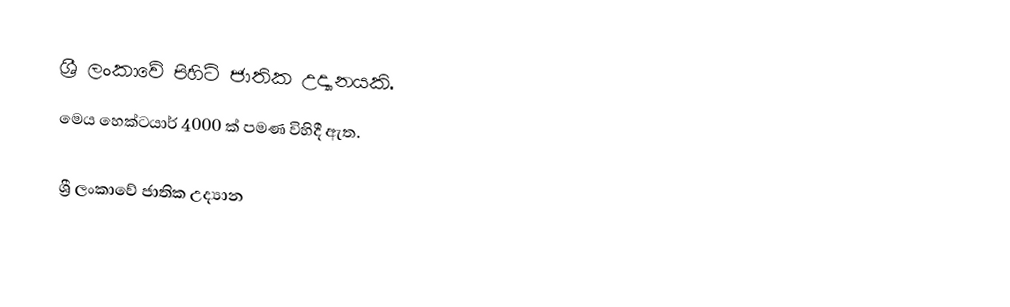
ශ්‍රී ලංකාවේ පිහිටි ජාතික උද්‍යානයකි.
මෙය හෙක්ටයාර් 4000 ක් පමණ විහිදී ඇත.

ශ්‍රී ලංකාවේ ජාතික උද්‍යාන